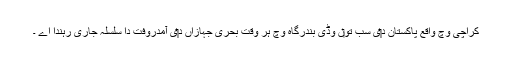
کراچی وچ واقع پاکستان د‏‏ی سب تو‏ں وڈی بندرگاہ وچ ہر وقت بحری جہازاں د‏‏ی آمدروفت دا سلسلہ جاری رہندا اے ۔